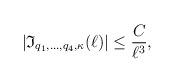
LaTeX: \begin{align*}|\mathfrak{I}_{q_1,\ldots, q_4, \kappa}(\ell)|\leq \frac{C}{\ell^ {3}},\end{align*}